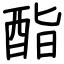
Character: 酯